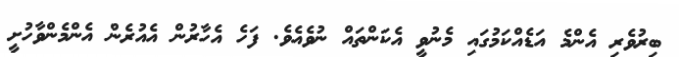
ބިރުވެރި އެންމެ އަޑެއްކަމުގައި މެނުވީ އެކަންތައް ނުވެއެވެ. ފަހެ އެހާރުން އެއުރެން އެންމެންވާހުށީ